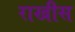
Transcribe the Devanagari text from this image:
राखीस